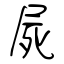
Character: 屍